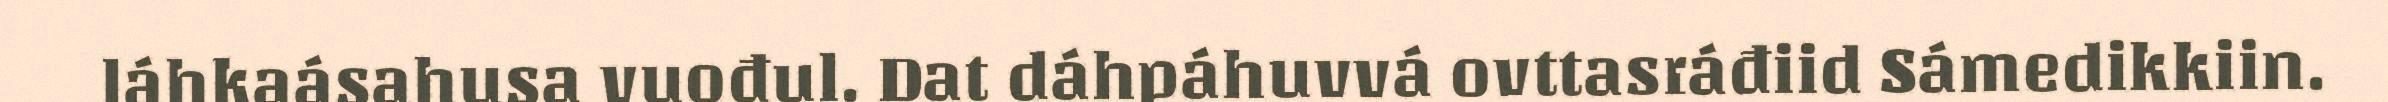
láhkaásahusa vuođul. Dat dáhpáhuvvá ovttasráđiid Sámedikkiin.